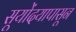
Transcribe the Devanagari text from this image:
सूयोंदयापासून